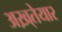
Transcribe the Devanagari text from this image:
अख़्तेयार